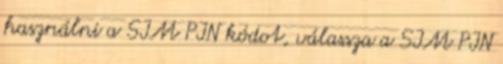
használni a SIM PIN kódot, válassza a SIM PIN